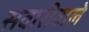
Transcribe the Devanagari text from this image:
सवारीवाले